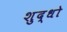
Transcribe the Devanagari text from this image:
शुद्धो